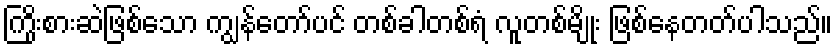
ကြိုးစားဆဲဖြစ်သော ကျွန်တော်ပင် တစ်ခါတစ်ရံ လူတစ်မျိုး ဖြစ်နေတတ်ပါသည်။